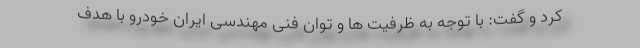
کرد و گفت: با توجه به ظرفیت ها و توان فنی مهندسی ایران خودرو با هدف